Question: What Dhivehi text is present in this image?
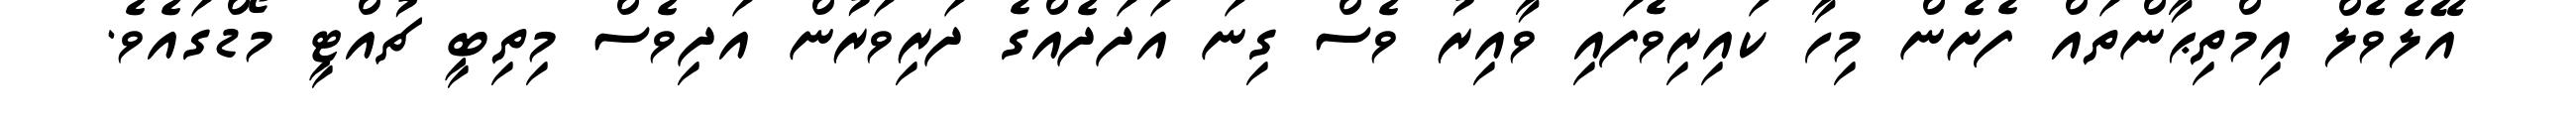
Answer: އޭލެވެލް އިމްތިޙާންތައް ފެށެން މިހާ ކައިރިވެފައި ވާއިރު ވެސް ގިނަ އަދަދެއްގެ ދަރިވަރުން އަދިވެސް މިތިބީ ޗުއްޓީ މޯޑްގައެވެ.